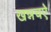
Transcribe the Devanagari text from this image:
खन्नचऐ